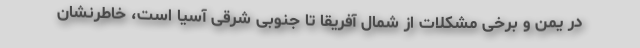
در یمن و برخی مشکلات از شمال آفریقا تا جنوبی شرقی آسیا است، خاطرنشان